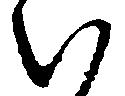
い